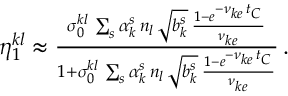
\begin{array} { r l r } & { } & { \eta _ { 1 } ^ { k l } \approx \frac { \sigma _ { 0 } ^ { k l } \, \sum _ { s } \alpha _ { k } ^ { s } \, n _ { l } \, \sqrt { b _ { k } ^ { s } } \, \frac { 1 - e ^ { - \nu _ { k e } \, t _ { C } } } { \nu _ { k e } } } { 1 + \sigma _ { 0 } ^ { k l } \, \sum _ { s } \alpha _ { k } ^ { s } \, n _ { l } \, \sqrt { b _ { k } ^ { s } } \, \frac { 1 - e ^ { - \nu _ { k e } \, t _ { C } } } { \nu _ { k e } } } \, . } \end{array}